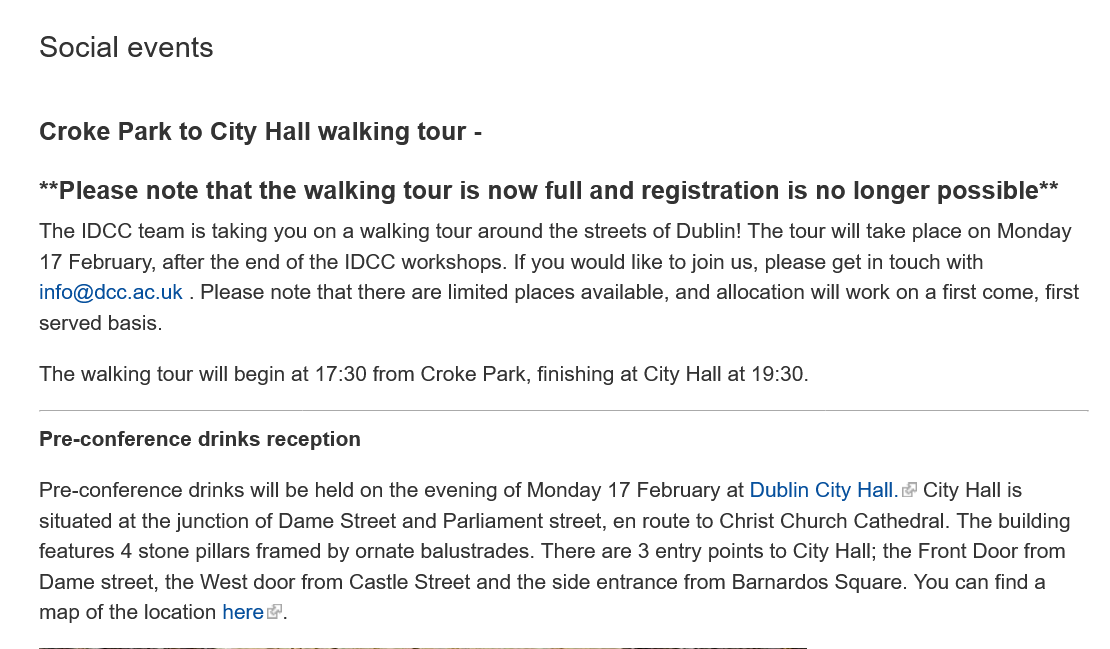
Social  events
    Croke  Park to  City Hall walking  tour
     -
    **Please  note  that the walking  tour is now full and  registration is no longer  possible**
    The IDCC team is taking you on a walking tour around the streets of Dublin! The tour will take place on Monday
    17 February, after the end of the IDCC workshops. If you would like to join us, please get in touch with
    info@dcc.ac.uk
     .
     Please note that there are limited places available, and allocation will work on a first come, first
    served basis.
    The walking tour will begin at 17:30 from Croke Park, finishing at City Hall at 19:30.
    Pre-conference drinks reception
    Pre-conference drinks will be held on the evening of Monday 17 February at Dublin City Hall. City Hall is
    situated at the junction of Dame Street and Parliament street, en route to Christ Church Cathedral. The building
    features 4 stone pillars framed by ornate balustrades. There are 3 entry points to City Hall; the Front Door from
    Dame street, the West door from Castle Street and the side entrance from Barnardos Square. You can find a
    map of the location here’.